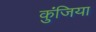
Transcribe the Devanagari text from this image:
कुंजिया